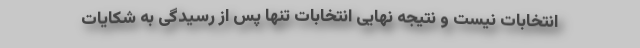
انتخابات نیست و نتیجه نهایی انتخابات تنها پس از رسیدگی به شکایات